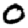
Digit: 0